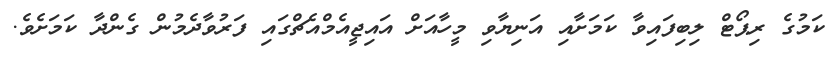
ކަމުގެ ރިޕޯޓް ލިބިފައިވާ ކަމަށާއި އަނިޔާވި މީހާއަށް އައިޖީއެމްއެޗްގައި ފަރުވާދެމުން ގެންދާ ކަމަށެވެ.